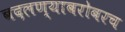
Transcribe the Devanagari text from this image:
बदलण्याबरोबरच